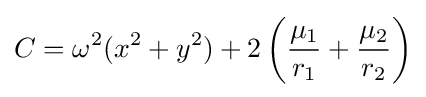
C=\omega ^{2}(x^{2}+y^{2})+2\left({\frac {\mu _{1}}{r_{1}}}+{\frac {\mu _{2}}{r_{2}}}\right)